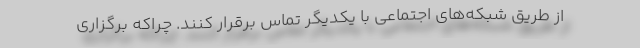
از طریق شبکه‌های اجتماعی با یکدیگر تماس برقرار کنند. چراکه برگزاری